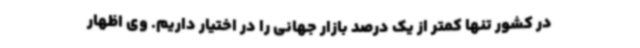
در کشور تنها کمتر از یک درصد بازار جهانی را در اختیار داریم. وی اظهار